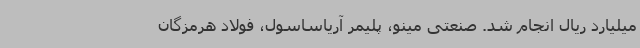
میلیارد ریال انجام شد. صنعتی مینو، پلیمر آریاساسول، فولاد هرمزگان